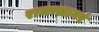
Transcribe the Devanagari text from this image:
राजन्सागरं